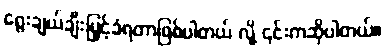
ရွေးချယ်ချီးမြှင့်ခံရတာဖြစ်ပါတယ် လို့ ၎င်းကဆိုပါတယ်။